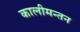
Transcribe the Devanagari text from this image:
कालीमन्तन